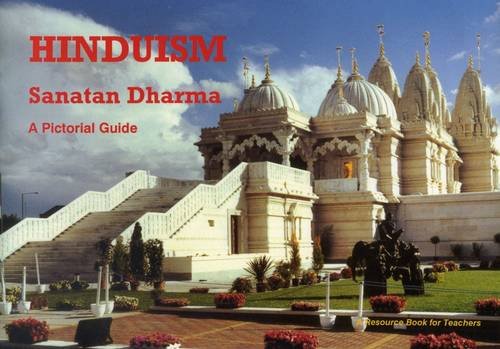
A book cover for Hinduism: A Pictorial Guide; Children's Books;